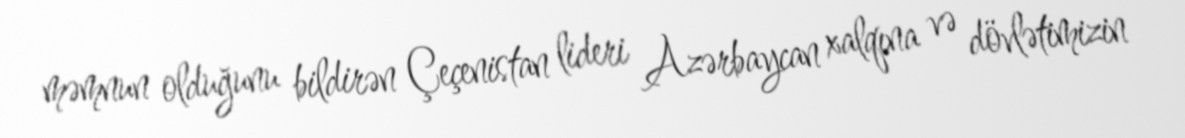
məmnun olduğunu bildirən Çeçenistan lideri Azərbaycan xalqına və dövlətimizin